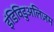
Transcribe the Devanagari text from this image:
इंडिविडुअलिज़म